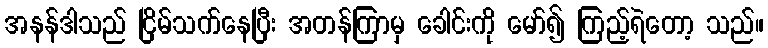
အနန်ဒါသည် ငြိမ်သက်နေပြီး အတန်ကြာမှ ခေါင်းကို မော်၍ ကြည့်ရဲတော့ သည်။